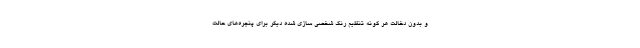
و بدون دخالت هر گونه تنظیم رنگ شخصی سازی شده دیگر برای پنجره‌های حالت